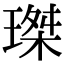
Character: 㻧